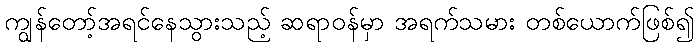
ကျွန်တော့်အရင်နေသွားသည့် ဆရာဝန်မှာ အရက်သမား တစ်ယောက်ဖြစ်၍